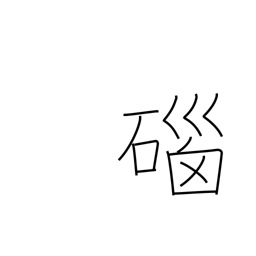
Meaning: agate